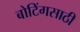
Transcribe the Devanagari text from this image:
बोटिंगसाठी